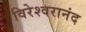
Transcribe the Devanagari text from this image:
विरेश्वरानंद